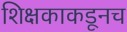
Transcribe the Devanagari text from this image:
शिक्षकाकडूनच